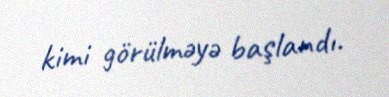
kimi görülməyə başlandı.